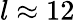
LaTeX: l\approx 12